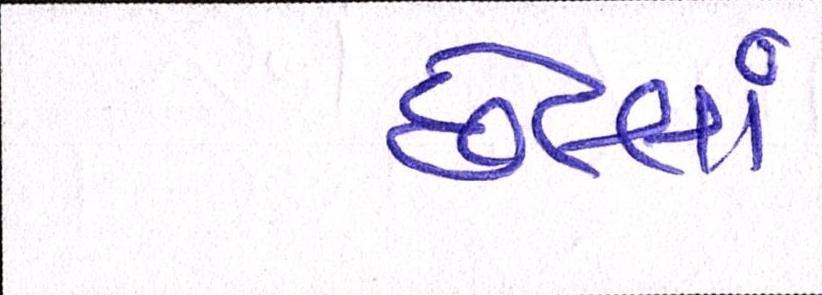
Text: છેલ્લાં